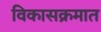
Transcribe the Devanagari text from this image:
विकासक्रमात